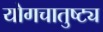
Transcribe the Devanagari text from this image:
योगचातुष्ट्य